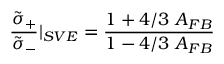
{ \frac { \tilde { \sigma } _ { + } } { \tilde { \sigma } _ { - } } } \vert _ { S V E } = { \frac { 1 + 4 / 3 \ A _ { F B } } { 1 - 4 / 3 \ A _ { F B } } }